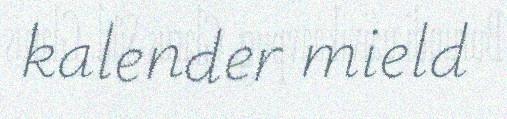
kalender mield